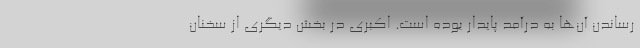
رساندن آن‌ها به درآمد پایدار بوده است. اکبری در بخش دیگری از سخنان